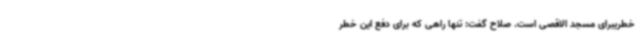
خطریبرای مسجد الاقصی است. صلاح گفت: تنها راهی که برای دفع این خطر